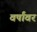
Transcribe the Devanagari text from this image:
वर्षांवर